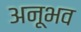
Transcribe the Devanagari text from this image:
अनूभव